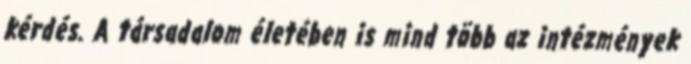
kérdés. A társadalom életében is mind több az intézmények